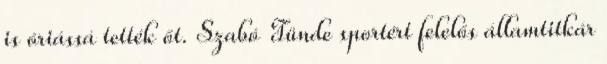
is óriássá tették őt. Szabó Tünde sportért felelős államtitkár